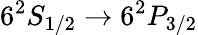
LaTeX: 6^{2}S_{1/2}\rightarrow 6^{2}P_{3/2}